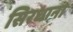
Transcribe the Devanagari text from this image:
सिरधाना